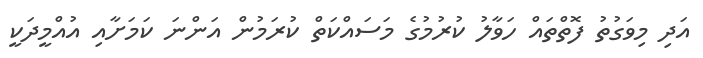
އަދި މިވަގުތު ފޮތްތައް ހަވާލު ކުރުމުގެ މަސައްކަތް ކުރަމުން އަންނަ ކަމަށާއި އުއްމީދަކީ